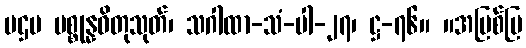
ပဌမ ပစ္စုန္နဓိတုသုတ်၊ သဂါထာ-သံ-ပါ-၂၇၊ ဋ္ဌ-၇၆။ ။အပြစ်ပြ